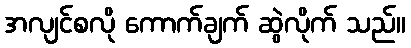
အလျင်စလို ကောက်ချက် ဆွဲလိုက် သည်။